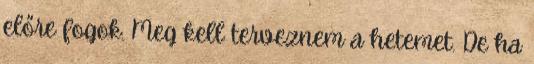
előre fogok. Meg kell terveznem a hetemet. De ha